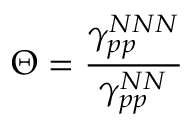
\Theta = \frac { \gamma _ { p p } ^ { N N N } } { \gamma _ { p p } ^ { N N } }